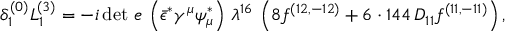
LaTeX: { \delta _ { 1 } ^ { ( 0 ) } L _ { 1 } ^ { ( 3 ) } = - i \, { \operatorname * { d e t } \, e } \, \left( \bar { \epsilon } ^ { * } \gamma ^ { \mu } \psi _ { \mu } ^ { * } \right) \, \lambda ^ { 1 6 } \, \left( 8 f ^ { ( 1 2 , - 1 2 ) } + 6 \cdot 1 4 4 \, D _ { 1 1 } f ^ { ( 1 1 , - 1 1 ) } \right) , }